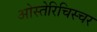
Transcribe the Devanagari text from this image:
ओस्तेरिचिस्चर